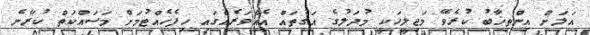
އަލަށް އިންތިޚާބު ކުރެވޭ މަޖިލީހަކީ މުދަލުގެ އަގުތައް އެއްވަރެއްގައި ހިފެހެއްޓުމަށް މަސައްކަތް ކުރާނެ